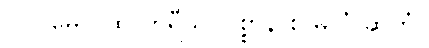
ဝါ ပုမေ ဂူထ ကရီသ၊ ဝစ္စာနိ စ မလံ ဆကံ။